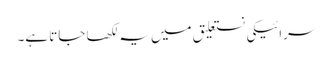
سرائیکی نستعلیق میں یہ لکھا جاتا ہے۔